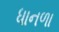
ધાનળા